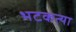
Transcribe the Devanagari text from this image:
भटकत्या